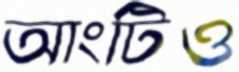
আংটিও